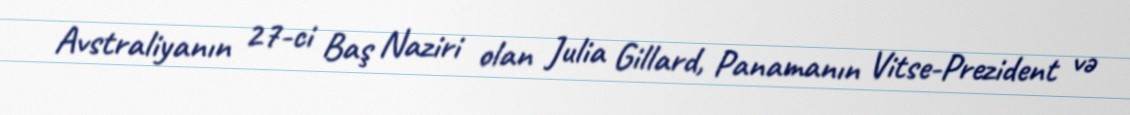
Avstraliyanın 27-ci Baş Naziri olan Julia Gillard, Panamanın Vitse-Prezident və